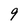
Character: 9